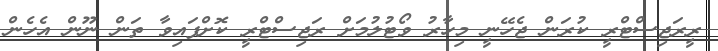
ރީރަޖިސްޓްރީ ކުރަން ޖެހޭނީ މިހާރު ވޯޓުލުމަށް ރަޖިސްޓްރީ ކޮށްފައިވާ ތަން ނޫން އެހެން